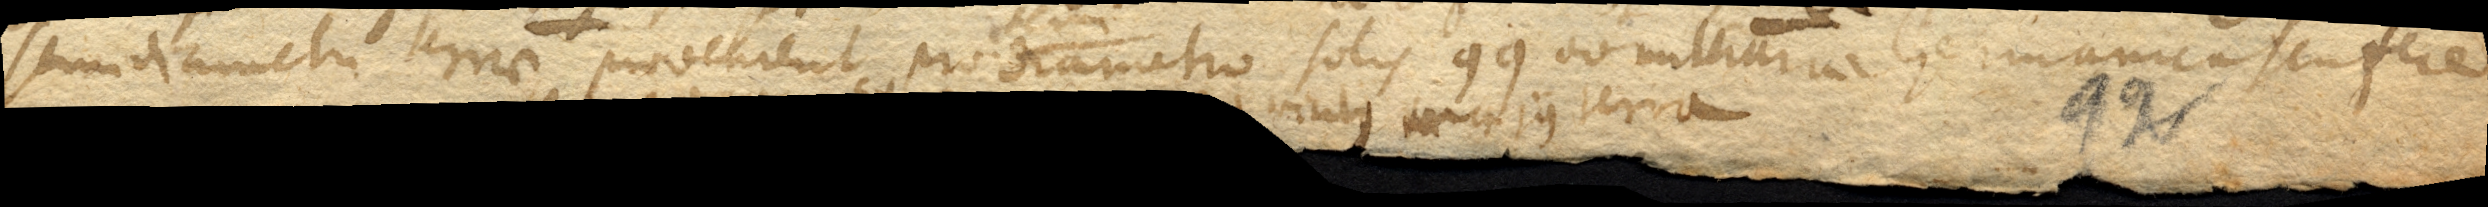
semidiametri terrae provenient pro semidiametro solis 9900 milliaria Germanica seu fere